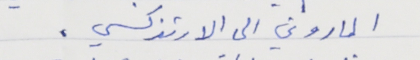
الماروني الى الارثذكسي .